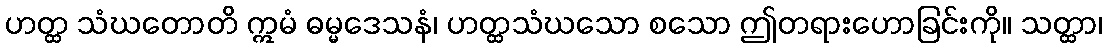
ဟတ္ထ သံဃတောတိ ဣမံ ဓမ္မဒေသနံ၊ ဟတ္ထသံဃသော စသော ဤတရားဟောခြင်းကို။ သတ္ထာ၊